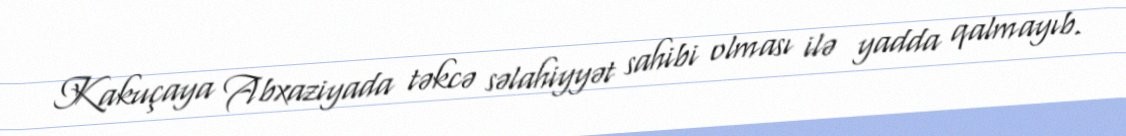
Kakuçaya Abxaziyada təkcə səlahiyyət sahibi olması ilə yadda qalmayıb.